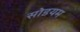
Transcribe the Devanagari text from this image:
सोडयम